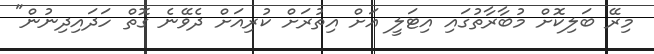
މިރޭ ބަލިކޮށް މުބާރާތުގައި އިޓަލީ އަށް އިތުރަށް ކުރިއަށް ދެވޭނެ ގޮތް ހަދައިދިނުން"